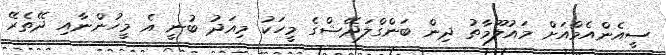
ސީއެންއެމްއަށް މައުލޫމާތު ދިން ބަންގްލަދޭޝްގެ މީހަކު މިއަދު ބުނީ އެ މީހުންނާއި ދޭތެރޭ